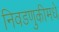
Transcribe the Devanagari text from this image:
निवडणुकीमधे